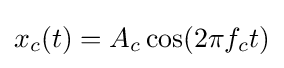
x_{c}(t)=A_{c}\cos(2\pi f_{c}t)